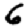
Digit: 6